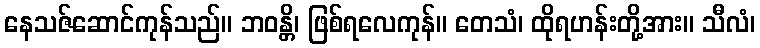
နေသဇ်ဆောင်ကုန်သည်။ ဘဝန္တိ၊ ဖြစ်ရလေကုန်။ တေသံ၊ ထိုရဟန်းတို့အား။ သီလံ၊